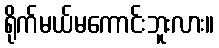
ရိုက်မယ်မကောင်းဘူးလား။